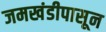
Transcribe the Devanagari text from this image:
जमखंडीपासून